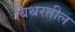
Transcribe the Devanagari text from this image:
बिथरतील